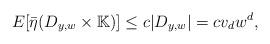
LaTeX: \begin{align*}E[\bar{\eta }(D_{y,w}\times {\Bbb K})]\leq c|D_{y,w}|=cv_dw^d,\end{align*}